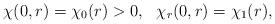
LaTeX: \begin{align*}\chi(0,r)=\chi_0(r)>0, \ \ \chi_r(0,r) = \chi_1(r),\end{align*}